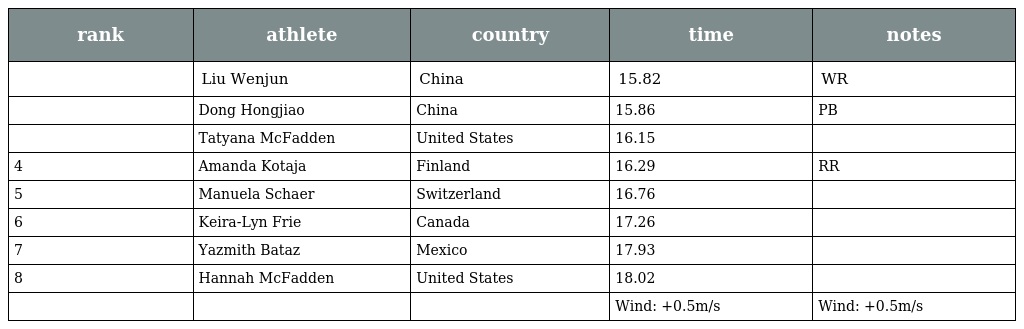
| rank | athlete | country | time | notes |
 | --- | --- | --- | --- | --- |
 |  | Liu Wenjun | China | 15.82 | WR |
 |  | Dong Hongjiao | China | 15.86 | PB |
 |  | Tatyana McFadden | United States | 16.15 |  |
 | 4 | Amanda Kotaja | Finland | 16.29 | RR |
 | 5 | Manuela Schaer | Switzerland | 16.76 |  |
 | 6 | Keira-Lyn Frie | Canada | 17.26 |  |
 | 7 | Yazmith Bataz | Mexico | 17.93 |  |
 | 8 | Hannah McFadden | United States | 18.02 |  |
 |  |  |  | Wind: +0.5m/s | Wind: +0.5m/s |